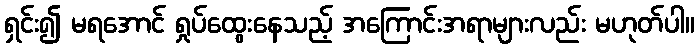
ရှင်း၍ မရအောင် ရှုပ်ထွေးနေသည့် အကြောင်းအရာများလည်း မဟုတ်ပါ။